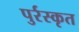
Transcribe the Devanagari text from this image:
पुर्रस्कृत